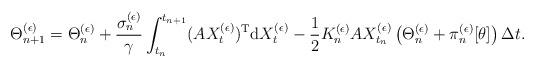
LaTeX: \begin{align*} \Theta_{n+1}^{(\epsilon)} = \Theta_n^{(\epsilon)} + \frac{\sigma_n^{(\epsilon)}}{\gamma} \int_{t_n}^{t_{n+1}} (AX_t^{(\epsilon)})^{\rm T} {\rm d} X_t^{(\epsilon)} - \frac{1}{2} K_n^{(\epsilon)} A X_{t_n}^{(\epsilon)} \left( \Theta_n^{(\epsilon)} + \pi_n^{(\epsilon)}[\theta] \right) \Delta t.\end{align*}